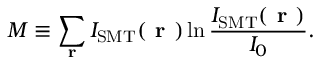
M \equiv \sum _ { \textbf { r } } I _ { \mathrm { S M T } } ( \textbf { r } ) \ln \frac { I _ { \mathrm { S M T } } ( \textbf { r } ) } { I _ { 0 } } .